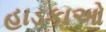
હાડકાઓ